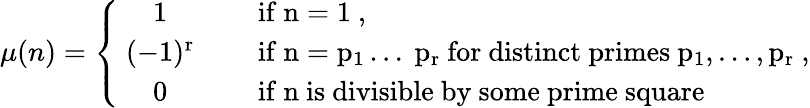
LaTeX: \begin{array}{r}{\mu(n)=\left\{ \begin{array}{cl}{\mathrm{~1~}}&{\quad\mathrm{if~n=1~,}}\\ {\mathrm{~(-1)^r~}}&{\quad\mathrm{if~n=p_1\ldots~p_r~for~distinct~primes~p_1,\ldots,p_r~,}}\\ {\mathrm{~0~}}&{\quad\mathrm{if~n~is~divisible~by~some~prime~square}}\end{array}\right.}\end{array}